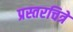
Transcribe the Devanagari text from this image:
प्रस्तरचित्रे